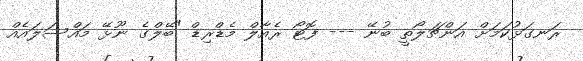
ރަނގަޅުކަމަށް އަންޗަލޯތީ ބުނޭ --- ފޮޓޯ ރެއާލް މެޑްރިޑް "ބޭލްގެ ނޫޅޭ މައްސަލައެއް